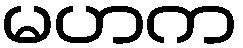
မဟက